Materia medica of Madras volume I
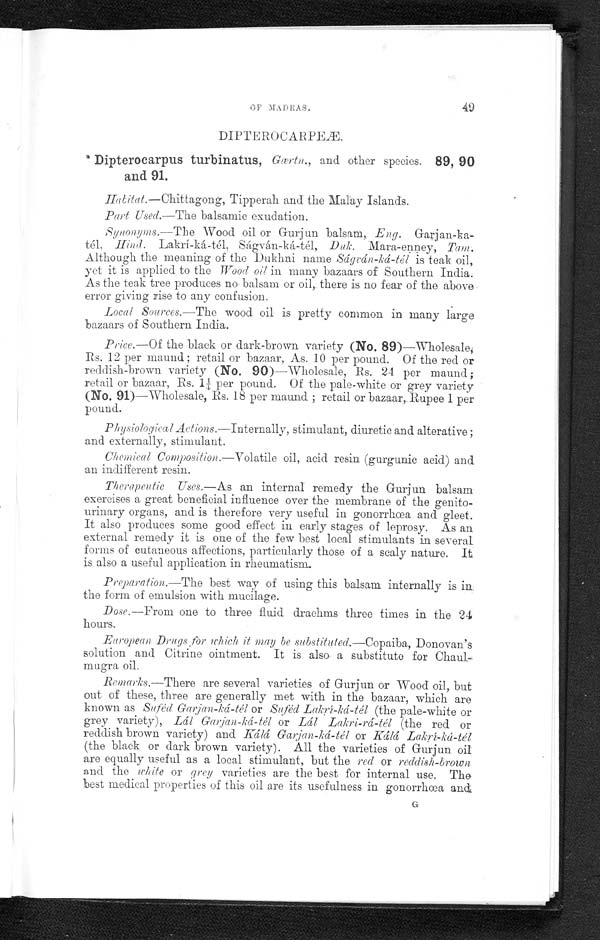
OF MADRAS,
49
DIPTEROCARPEÆ.
* Dipterocarpus turbinatus, Gœ r tn., and other species. 89, 90
and 91.
Hatitat.—Chittagong, Tipperah and the Malay Islands.
Part Used.—The balsamic exudation.
Synonyins.—The Wood oil or Gurjun balsam, Eng.
G a r j a n - k a - t é l ,
H i n d .
L a k r í - k á - t é l , S á g v á n - k á - t é l ,D
u k .
M a r a - e n n e y ,
T a m ? .
Although the meaning of the Dukhni name Ságrán-ká-tél is teak oil,
yet it is applied to the Wood oil in many bazaars of Southern India.
As the teak tree produces no balsam or oil, there is no fear of the above
error giving rise to any confusion.
Local Sources.—The wood oil is pretty common in many large
bazaars of Southern India.
Price.—Of the black or dark-brown variety (No. 89)—Wholesale,
Rs. 12 per maund ; retail or bazaar, As. 10 per pound. Of the red or
reddish-brown variety (No. 90)—Wholesale, Rs. 24 per maund ;
retail or bazaar, Rs. 1¼ per pound. Of the pale-white or grey variety
(NO. 91)—Wholesale, Rs. 18 per maund ; retail or bazaar,. Rupee 1 per
pound.
Physiological Actions.—Internally, stimulant, diuretic and alterative ;
and externally, stimulant.
Chemical Composition.—Volatile oil, acid resin (gurgunic acid) and
an indifferent resin.
Therapeutic Uses.—As an internal remedy the Gurjun balsam
exercises a great beneficial influence over the membrane of the genito-
urinary organs, and is therefore very useful in gonorrhœa and gleet.
It also produces some good effect in early stages of leprosy. As an
external remedy it is one of the few best local stimulants in several
forms of cutaneous affections, particularly those of a scaly nature. It
is also a useful application in rheumatism.
Preparation.—The best way of using this balsam internally is in.
the form of emulsion with mucilage.
Dose.—From one to three fluid drachms three times in the 24
hours.
European Drags . for which it may he substituted.—Copaiba, Donovan's
solution and Citrine ointment. It is also a substitute for
Chaul-mugra oil.
Remarks.—There are several varieties of Gurjun or Wood oil, but
out of these, three are generally met with in the bazaar, which are
known as Sufél Garjan-ká-tél or Suféd Lakrí-ká-tél (the pale-white or
grey variety), Lál Garjan-ká-tél or Lal Lakri-rá-tél (the red or
reddish brown variety) and Kálá Garjan-ká-tél or Kálá Lakrí-ká-tél
(the black or dark brown variety). All the varieties of Gurjun oil
are equally useful as a local stimulant, but the red or reddish-brown
and the white or grey varieties are the best for internal use. The
'best medical properties of this oil are its usefulness in gonorrhœa and
G